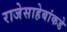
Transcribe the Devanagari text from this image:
राजेसाहेबांकडे